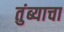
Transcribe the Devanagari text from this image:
तुंब्याचा